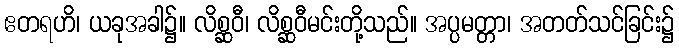
ဧတရဟိ၊ ယခုအခါ၌။ လိစ္ဆဝီ၊ လိစ္ဆဝီမင်းတို့သည်။ အပ္ပမတ္တာ၊ အတတ်သင်ခြင်း၌